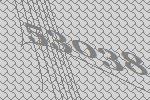
53038